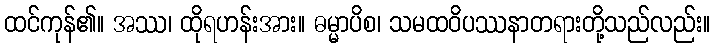
ထင်ကုန်၏။ အဿ၊ ထိုရဟန်းအား။ ဓမ္မာပိစ၊ သမထဝိပဿနာတရားတို့သည်လည်း။